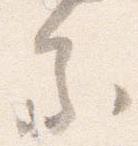
参